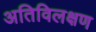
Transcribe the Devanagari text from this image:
अतिविलक्षण